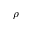
\rho